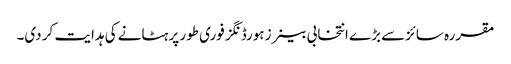
مقررہ سائزسے بڑے انتخابی بینرز ہورڈنگز فوری طور پر ہٹانے کی ہدایت کر دی۔